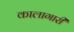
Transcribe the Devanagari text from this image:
कालागारी